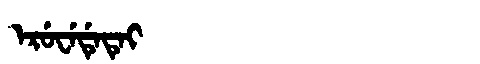
Manchu: ᡝᡵᡠᠸᡝᡩᡝᡨᡝᡳ
Romanization: ERUWEDETEI